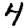
Digit: 4